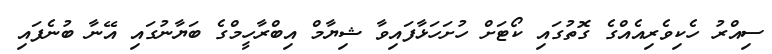
ސިއްރު ހެކިވެރިއެއްގެ ގޮތުގައި ކޯޓަށް ހުށަހަޅާފައިވާ ޝިޔާމް އިބްރާހީމްގެ ބަޔާނުގައި އޭނާ ބުނެފައި